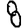
Digit: 8